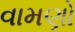
વામણો